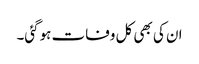
ان کی بھی کل وفات ہوگئی۔